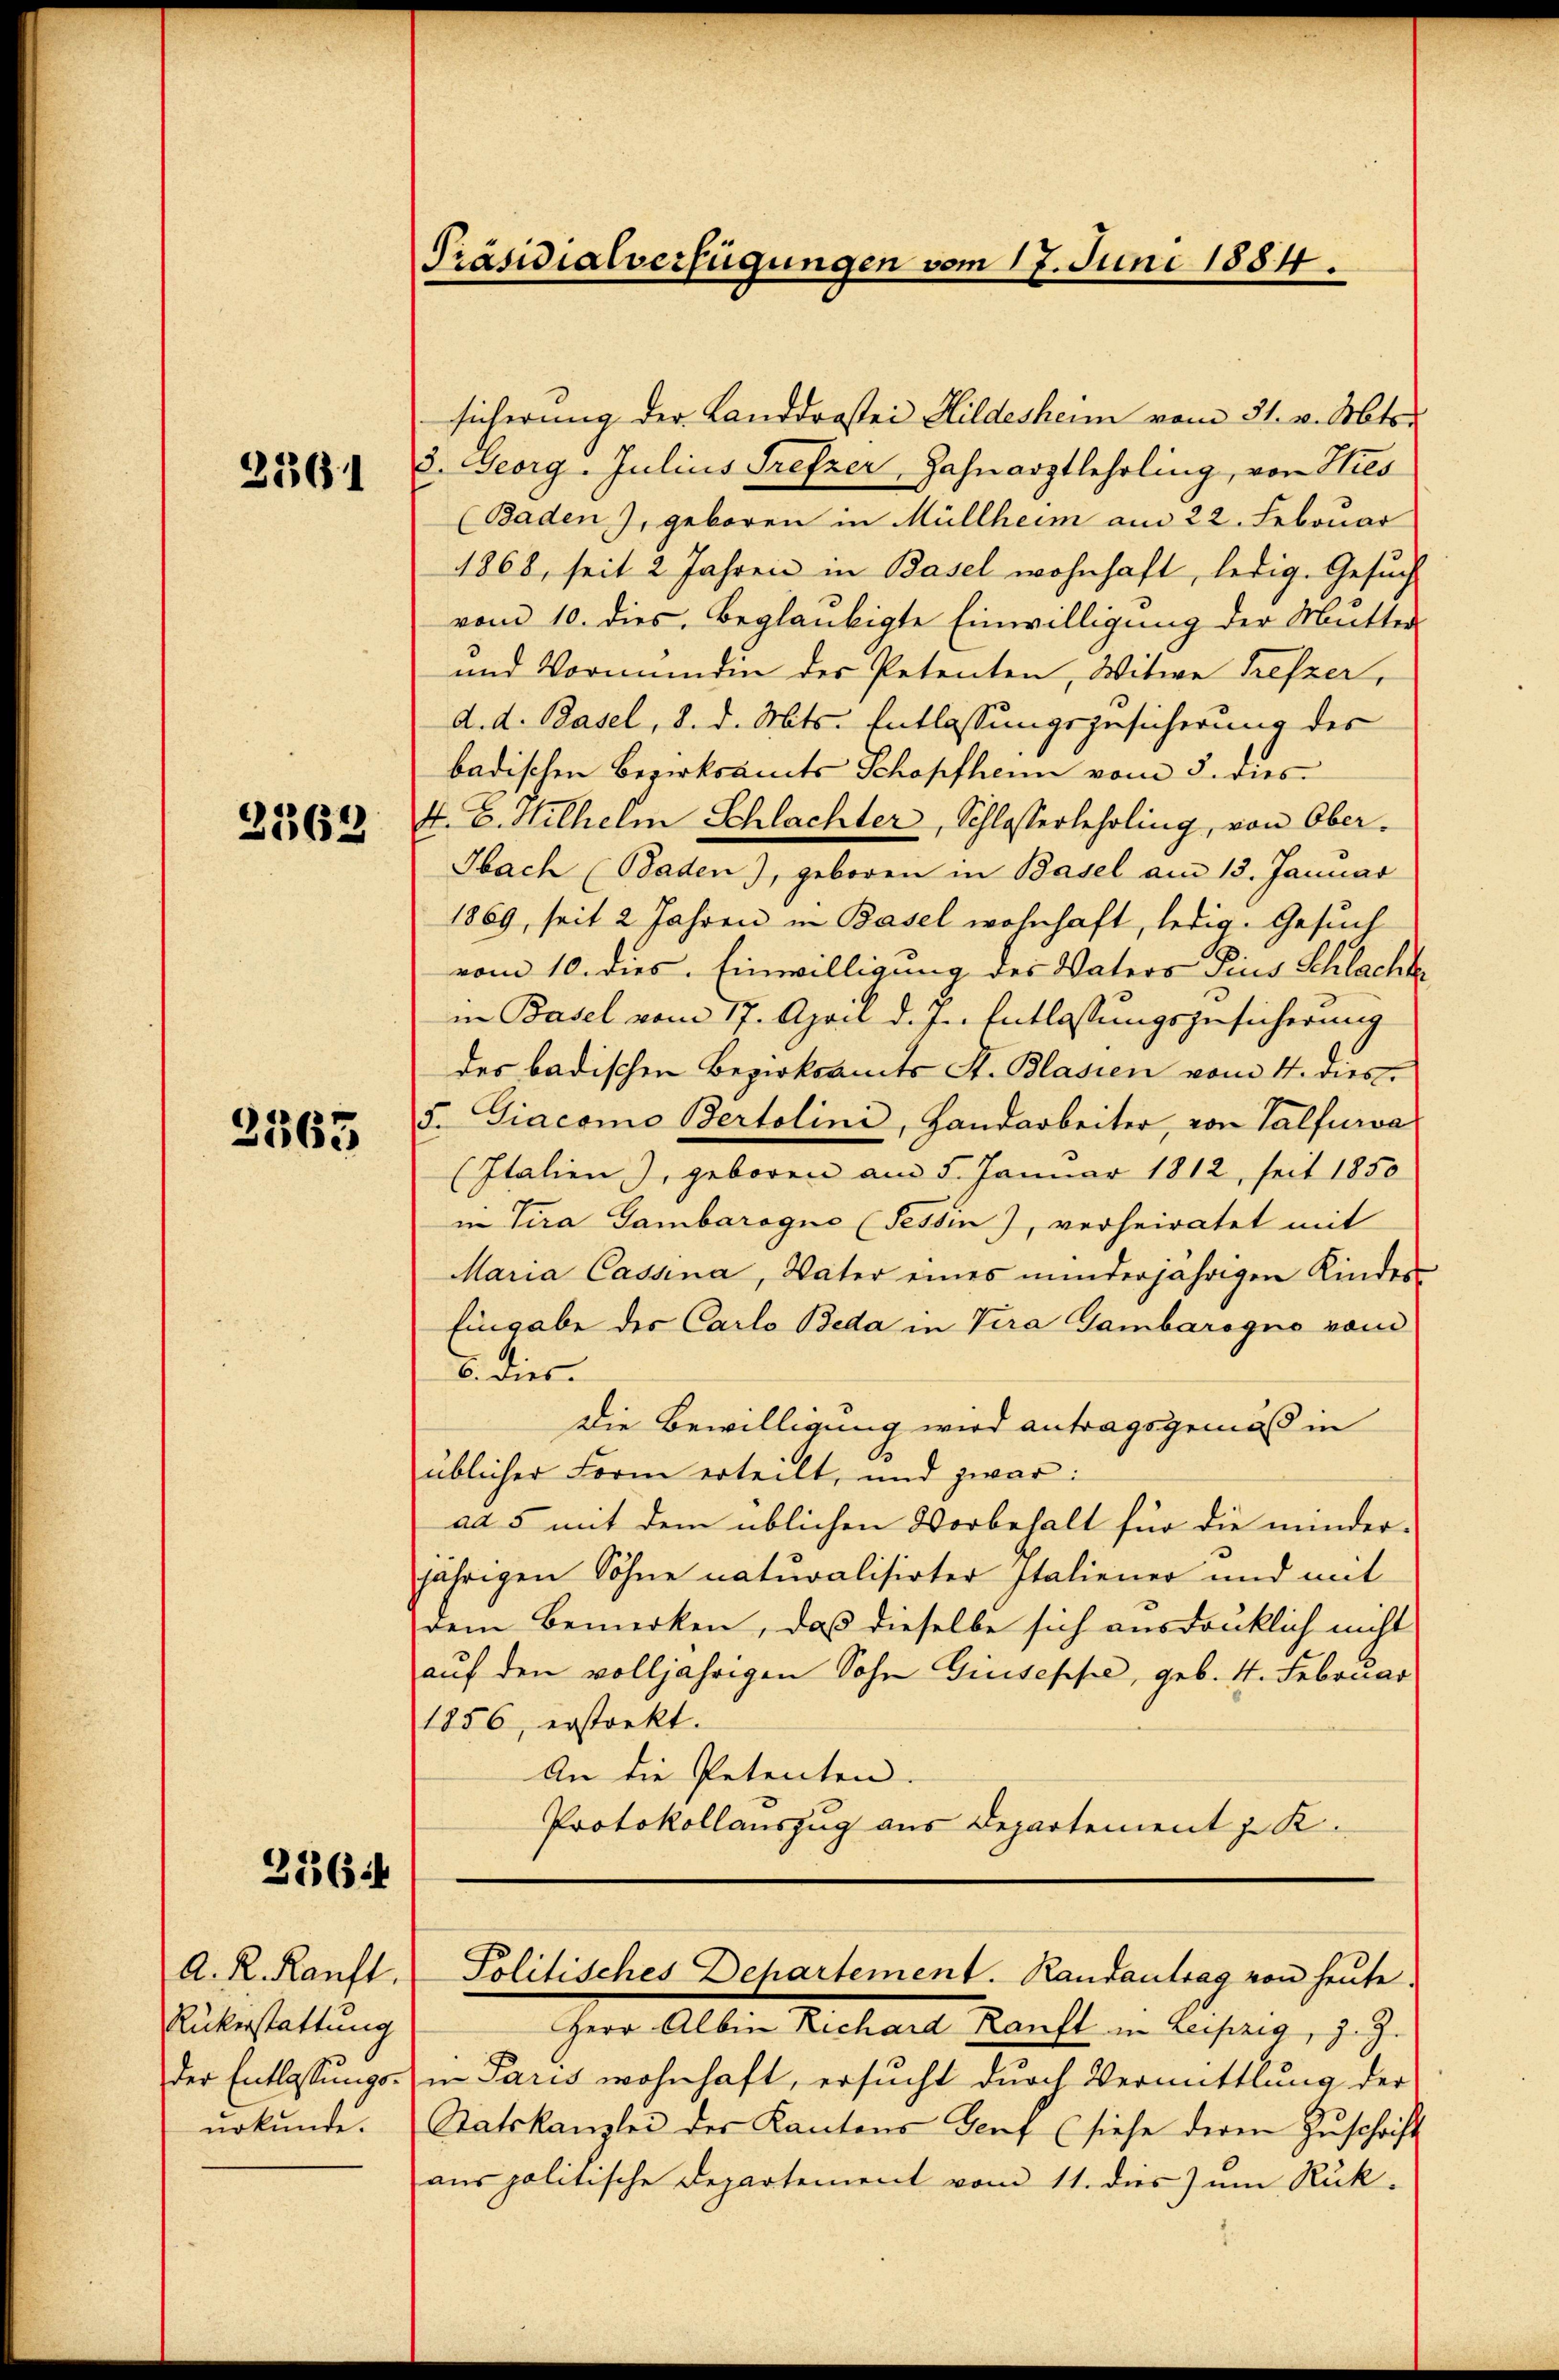
2261

2363

2565

3364

A. R. Kauft.
Rükerstattung
der Entlassungs-
urkunde.

Präsidialverfügungen vom 17. Juni 1884.

sicherung der Landdrastei Hildesheim vom 31. v. Mtor.
d. Georg. Julius Trefzer, Zahnarztlehrling, von Sties
(Baden), geboren in Müllheim am 22. Februar
1868, seit 2 Jahren in Basel wohnhaft, ledig. Gesuch
vom 10. dies beglankigte Einwilligung der Mutter-
und Vormundin des Petenten, Witwe Trefzer,
d. d. Basel, 8. d. Mts. Entlassungszusicherung des
badischen Bezirksamts Schopfheim vom 5. dies
4. B. Wilhelm Schlachter, Schlasserlehrling, von Ober¬
Hbach Baden), geboren in Basel am 13. Januar
1869, seit 2 Jahren in Basel wohnhaft, ledig. Gesuch
vom 10. dies. Einwilligung des Vaters Pius Schlacht
in Basel vom 17. April d. J. Entlassungszusicherung
des badischen Bezirksamts St. Blasien vom 4. dies
5. Giacomo Bertolini, Handarbeiter, von Talfuwa
(Italien), geboren am 5. Januar 1812, seit 1850
in Tira Gambarogno (Tessin), verheiratet mit
Maria Cassna, Vater eines minderjährigen Kinder
Eingabe der Carlo Beda in Vera Gambarogno von
6. dies
Die Bewilligung wird antragsgemäß in
üblicher Form erteilt, und zwar:
ad 5 mit dem üblichen Vorbehalt für die minder-
jährigen Sohne naturalisirter Italiener und mit
dem Bemerken, daß dieselbe sich ausdrucklich nicht
aŭf den volljährigen Sohn Giuseppe, geb. 4. Februar
1856, erstorkt.
An die Petenten.
Protokollauszug aus Departement J. K.

Herr Albin Richard Ranft in Leipzig, z. Z.
in Paris wohnhaft, ersucht durch Vermittlung der
Satskanzlei der Kantons Genf (siehe deren Zŭschrift
aus politische Departement vom 11. dies zum Rük-

Politisches Departement. Randantrag von heŭte